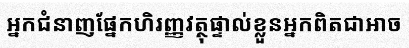
អ្នកជំនាញផ្នែកហិរញ្ញវត្ថុផ្ទាល់ខ្លួនអ្នកពិតជាអាច